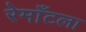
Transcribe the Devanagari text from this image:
रेमाँटला